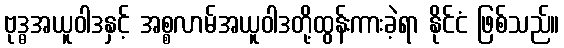
ဗုဒ္ဓအယူဝါဒနှင့် အစ္စလာမ်အယူဝါဒတို့ထွန်းကားခဲ့ရာ နိုင်ငံ ဖြစ်သည်။